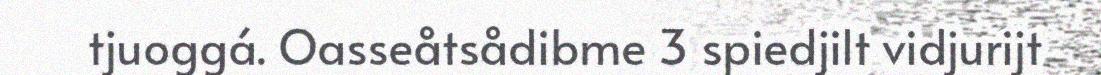
tjuoggá. Oasseåtsådibme 3 spiedjilt vidjurijt